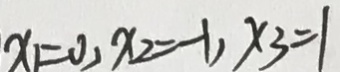
x _ { 1 } = 0 , x _ { 2 } = - 1 , x _ { 3 } = 1